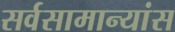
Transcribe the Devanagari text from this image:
सर्वसामान्यांस